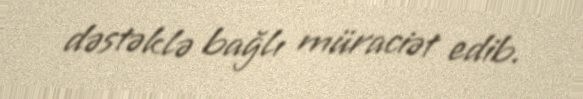
dəstəklə bağlı müraciət edib.